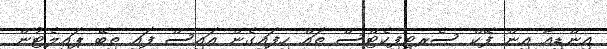
އިންޑިއާ އިން ފޭކް ސެރޓިފިކެޓްސް ތައް ހިފައިގެން އައިސް ފައި ތިބޭ ޕައިލެޓުން